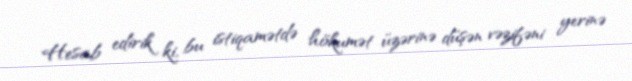
Hesab edirik ki, bu istiqamətdə hökumət üzərinə düşən vəzifəni yerinə